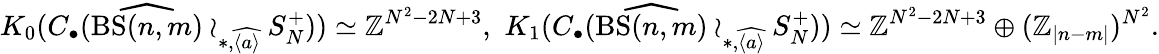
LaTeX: K_{0}(C_{\bullet}(\widehat{\mathrm{BS}(n,m)}\wr_{\ast,\widehat{\langle a\rangle}}S_{N}^{+}))\simeq\mathbb{Z}^{N^{2}-2N+3},\, \, K_{1}(C_{\bullet}(\widehat{\mathrm{BS}(n,m)}\wr_{\ast,\widehat{\langle a\rangle}}S_{N}^{+}))\simeq\mathbb{Z}^{N^{2}-2N+3}\oplus(\mathbb{Z}_{\vert n-m\vert})^{N^{2}}.